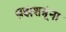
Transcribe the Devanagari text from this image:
ब्रह्मशत्रूंना